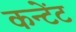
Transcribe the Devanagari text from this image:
कन्टेंट